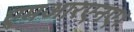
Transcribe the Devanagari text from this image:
एमआरएनए।